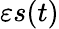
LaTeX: \varepsilon s(t)